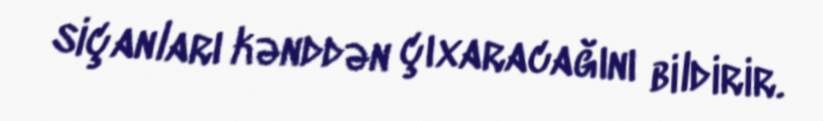
siçanları kənddən çıxaracağını bildirir.